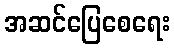
အဆင်ပြေစေရေး